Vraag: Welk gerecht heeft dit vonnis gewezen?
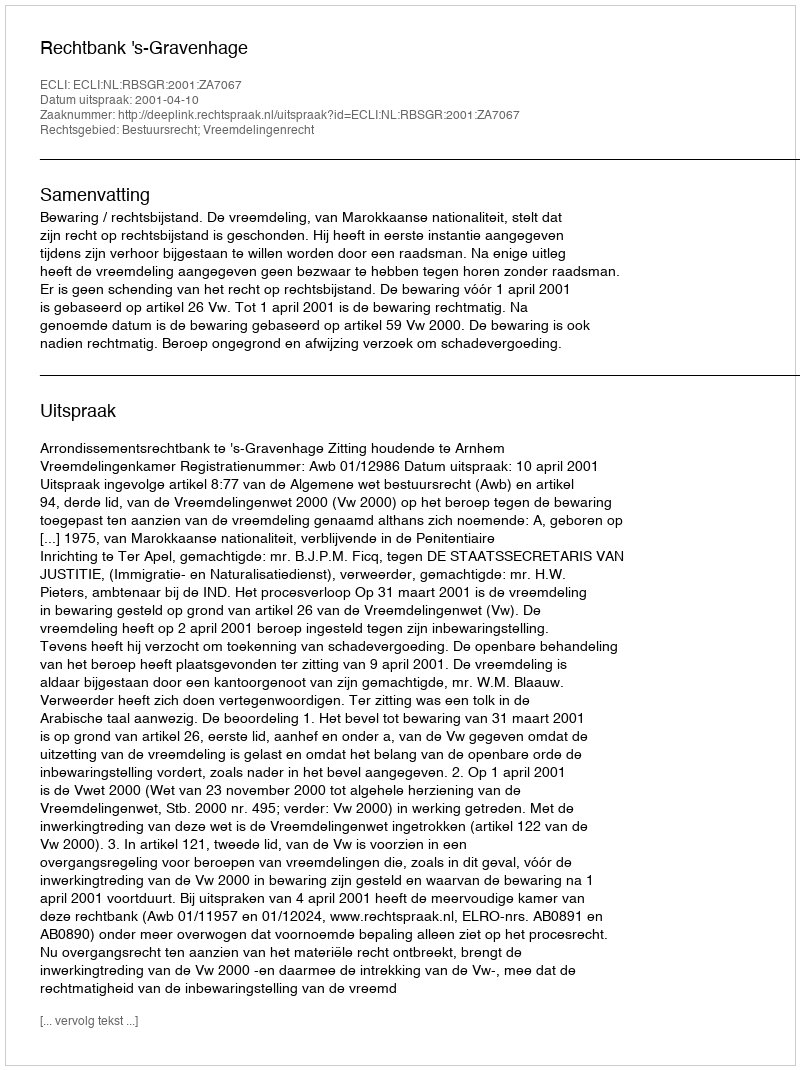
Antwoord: Rechtbank 's-Gravenhage